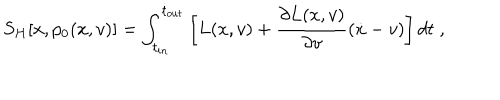
S _ { H } [ x , p _ { 0 } ( x , v ) ] = \int _ { t _ { i n } } ^ { t _ { o u t } } \left[ L ( x , v ) + \frac { \partial L ( x , v ) } { \partial v } ( \dot { x } - v ) \right] d t \; ,